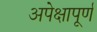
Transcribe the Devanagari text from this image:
अपेक्षापूर्ण